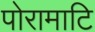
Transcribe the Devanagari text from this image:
पोरामाटि